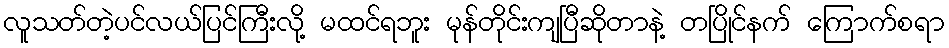
လူသတ်တဲ့ပင်လယ်ပြင်ကြီးလို့ မထင်ရဘူး မုန်တိုင်းကျပြီဆိုတာနဲ့ တပြိုင်နက် ကြောက်စရာ